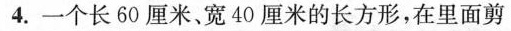
4.一个长60厘米、宽40厘米的长方形，在里面剪